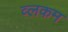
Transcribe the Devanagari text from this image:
व्लकम